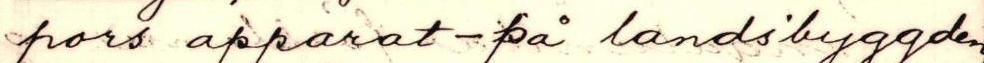
pors apparat - på landsbyggden